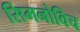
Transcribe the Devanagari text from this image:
सिमनोविच